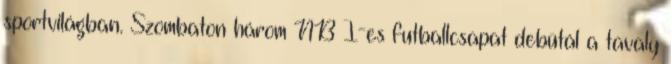
sportvilágban. Szombaton három NB I-es futballcsapat debütál a tavaly